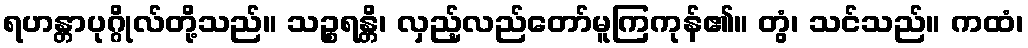
ရဟန္တာပုဂ္ဂိုလ်တို့သည်။ သဉ္စရန္တိ၊ လှည့်လည်တော်မူကြကုန်၏။ တွံ၊ သင်သည်။ ကထံ၊